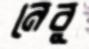
নেবু